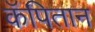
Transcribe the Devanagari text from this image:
कॅपितान